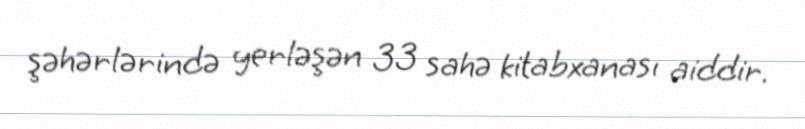
şəhərlərində yerləşən 33 sahə kitabxanası aiddir.